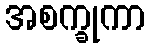
အစက္ခုကာ